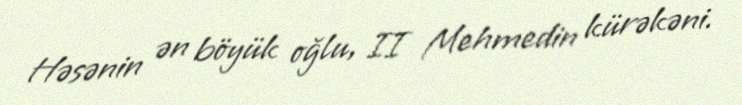
Həsənin ən böyük oğlu, II Mehmedin kürəkəni.